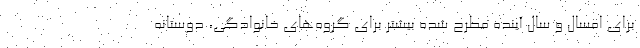
برای امسال و سال آینده مطرح شده بیشتر برای گروه‌های خانوادگی، دوستانه